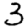
Digit: 3